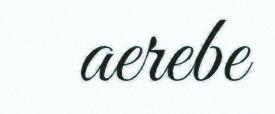
aerebe